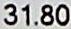
31.80